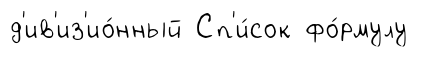
д'ив'из'ио́нный Сп'и́сок фо́рмулу